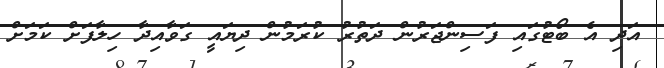
އަދި އެ ބޯޓުގައި ފަސިންޖަރުން ދަތުރު ކުރަމުން ދިޔައީ ގަވާއިދާ ހިލާފަށް ކަމަށް